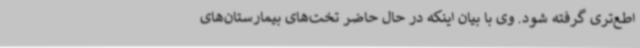
اطع‌تری گرفته شود. وی با بیان اینکه در حال حاضر تخت‌های بیمارستان‌های